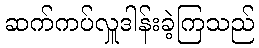
ဆက်ကပ်လှူဒါန်းခဲ့ကြသည်